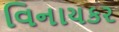
વિનાયકર